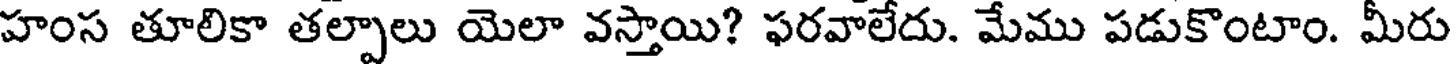
హంస తూలికా తల్పాలు యెలా వస్తాయి? ఫరవాలేదు. మేము పడుకొంటాం. మీరు